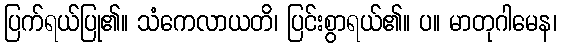
ပြက်ရယ်ပြု၏။ သံကေလာယတိ၊ ပြင်းစွာရယ်၏။ ပ။ မာတုဂါမေန၊